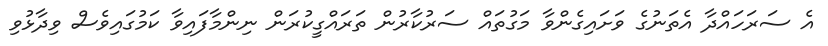
އެ ސަރަހައްދާ އެތަނުގެ ވަށައިގެންވާ މަގުތައް ސަރުކާރުން ތަަރައްގީކުރަން ނިންމާފައިވާ ކަމުގައިވެސް ވިދާޅުވި